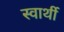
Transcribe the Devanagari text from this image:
स्‍वार्थी